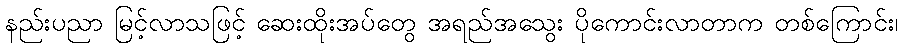
နည်းပညာ မြင့်လာသဖြင့် ဆေးထိုးအပ်တွေ အရည်အသွေး ပိုကောင်းလာတာက တစ်ကြောင်း၊